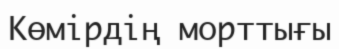
Көмірдің морттығы